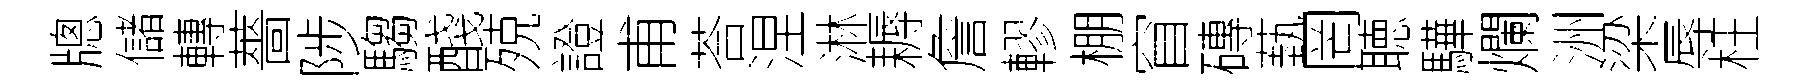
牕儲轉薔陟騶醆殑證甫荅涅淋耨詹轇棚窅磚蓺罔聴驊爛洲梁辱枉